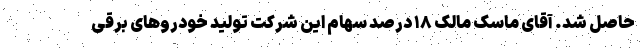
حاصل شد. آقای ماسک مالک ۱۸ درصد سهام این شرکت تولید خودرو‌های برقی